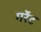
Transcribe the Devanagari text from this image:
गर्रेट